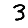
Digit: 3